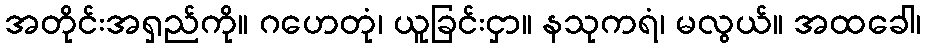
အတိုင်းအရှည်ကို။ ဂဟေတုံ၊ ယူခြင်းငှာ။ နသုကရံ၊ မလွယ်။ အထခေါ၊